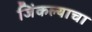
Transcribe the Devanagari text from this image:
जिंकल्याचा